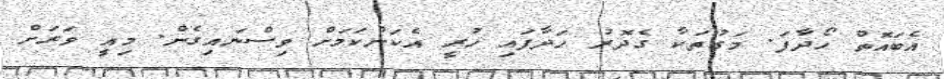
އެބައޮތް ހޯދާފަ. މަގުތަކާ ގެދޮރު ހަދާފައި ހުރީ އެކަންކަމަށް ވިސްނައިގެން. މިއީ ވަރަށް